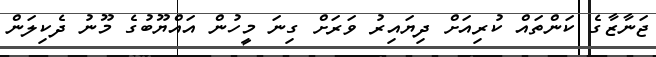
ޖަނާޒާގެ ކަންތައް ކުރިއަށް ދިޔައިރު ވަރަށް ގިނަ މީހުން އައްޔޫބުގެ މޫނު ދެކިލަން